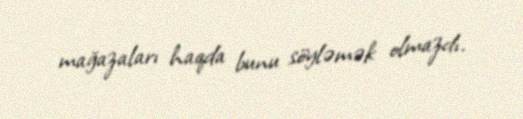
mağazaları haqda bunu söyləmək olmazdı.